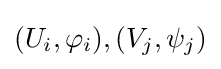
(U_{i},\varphi _{i}),(V_{j},\psi _{j})